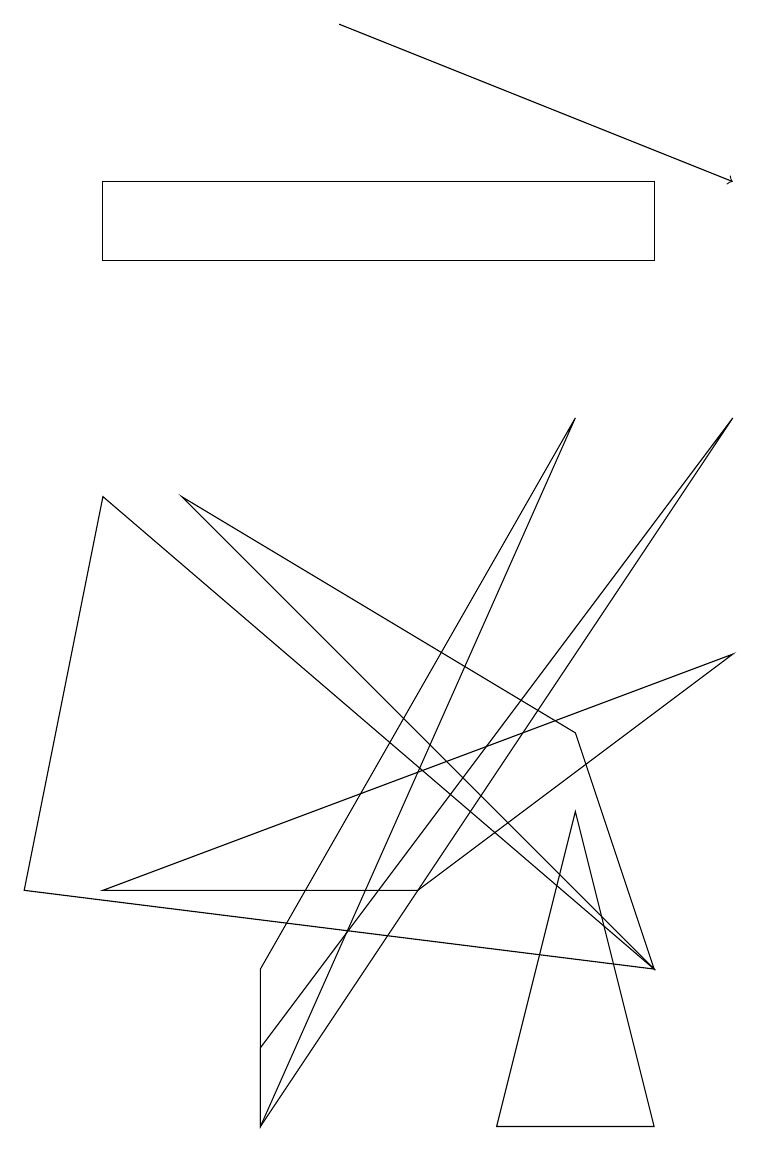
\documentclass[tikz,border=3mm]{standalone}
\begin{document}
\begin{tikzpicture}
\draw[->] (4,14) -- (9,12);
\draw (2,8) -- (8,2) -- (7,5) -- cycle;
\draw (1,8) -- (8,2) -- (0,3) -- cycle;
\draw (3,0) -- (7,9) -- (3,2) -- cycle;
\draw (6,0) -- (7,4) -- (8,0) -- cycle;
\draw (8,11) rectangle (1,12);
\draw (1,3) -- (5,3) -- (9,6) -- cycle;
\draw (3,0) -- (3,1) -- (9,9) -- cycle;
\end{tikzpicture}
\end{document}